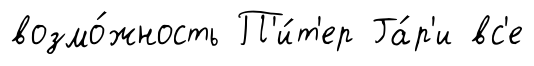
возмо́жность П'и́т'ер Га́р'и вс'е